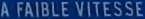
A FAIBLE VITESSE